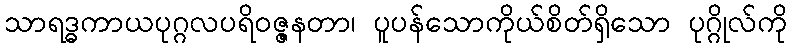
သာရဒ္ဓကာယပုဂ္ဂလပရိဝဇ္ဇနတာ၊ ပူပန်သောကိုယ်စိတ်ရှိသော ပုဂ္ဂိုလ်ကို